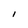
Character: I